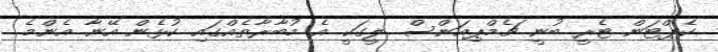
ކެޕްޓަން ޓެރީ ބުނީ ޗެމްޕިއަންސް ލީގަކީ އެ މުބާރާތެއްގައި ކުޅެން އޭނާ އެންމެ